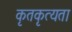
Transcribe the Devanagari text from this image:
कृतकृत्यता